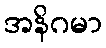
အနိဂမာ